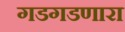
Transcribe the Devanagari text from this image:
गडगडणारा